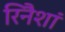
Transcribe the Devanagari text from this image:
रिनैशां